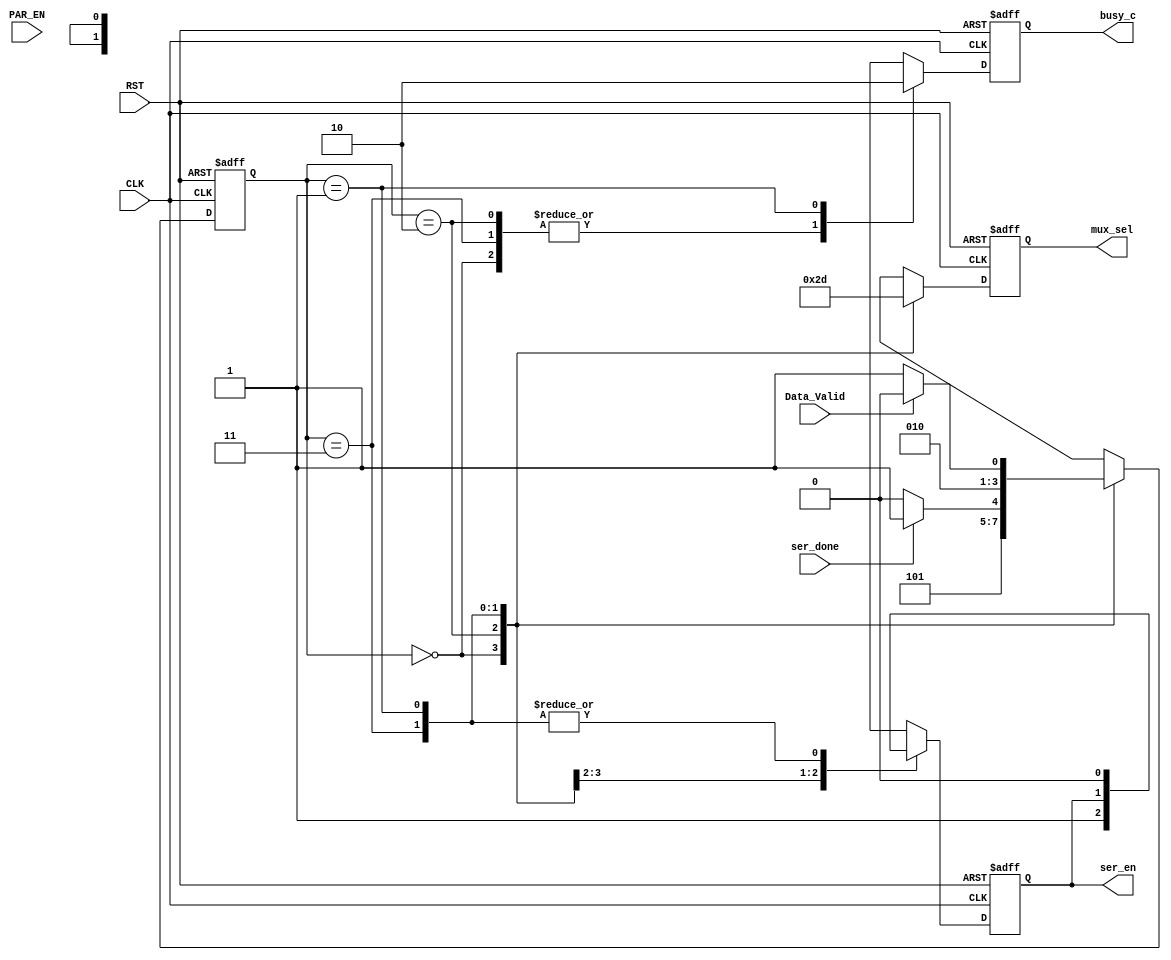
/*
   ******  FSM Block ******
   by:
       Mohamed Hazem Mamdouh
       10-9-2022
       3:54 PM   
*/


//********** inputs and outputs ports decleration *************//

module FSM_TX (
  
input   wire            CLK,
input   wire            RST,
input   wire            PAR_EN,
input   wire            Data_Valid,
input   wire            ser_done,
output  reg             busy_c,
output  reg             ser_en,
output  reg  [1:0]      mux_sel

);


//********** FSM Encoding ************//

localparam      START_BIT    = 2'b00,
                STOP_BIT     = 2'b01,
                SER_DATA     = 2'b10,
                PAR_BITS     = 2'b11;
                
//********** internal signal ************//

reg  [1:0]      Current_State, Next_State,mux_sel_c;
reg             busy_in,ser_en_c;


//********** Active Low Asynchronous Rest and State transition ************//

always @(posedge CLK or negedge RST)
 begin
  if(!RST)
   begin
     Current_State <= STOP_BIT;
     busy_c        <= 1'b0;
     ser_en        <= 1'b0;
     mux_sel       <= STOP_BIT;
   end
  else
   begin
     Current_State <= Next_State;
     busy_c        <= busy_in;
     ser_en        <= ser_en_c;
     mux_sel       <= mux_sel_c;
   end
end

 
 //********** Next State Logic ************//
 
 
always @ (*)
  begin 
                ser_en_c = ser_en;
                busy_in  = busy_c;
                mux_sel_c = mux_sel;
                
               
    case(Current_State)
    START_BIT : begin
                mux_sel_c  = START_BIT;
                ser_en_c   = 1'b1;
                Next_State = SER_DATA;
                busy_in    = 1'b1;
                end
    SER_DATA  : begin
                if( !ser_done)
                begin
                mux_sel_c  = SER_DATA;
                Next_State = SER_DATA;
                busy_in    = 1'b1;
                ser_en_c   = ser_en;
                end
                else if(ser_done)
                begin
                Next_State = PAR_BITS;
                busy_in    = 1'b1;
                mux_sel_c  = SER_DATA;
                ser_en_c   = ser_en;
                end
                else
                begin
                busy_in    = busy_c;
                Next_State = SER_DATA;
                mux_sel_c  = SER_DATA;
                ser_en_c   = 1'b1;
                end
                end
    PAR_BITS  : begin
                if(PAR_EN)
                begin
                mux_sel_c    = PAR_BITS;
                Next_State   = STOP_BIT;
                busy_in      = 1'b1;
                ser_en_c       = 1'b0;
                end
                else if (!PAR_EN)
                begin
                mux_sel_c  = PAR_BITS;
                Next_State = STOP_BIT;
                busy_in     = 1'b1;
                ser_en_c   = 1'b0;
                end
                else
                begin
                busy_in      = busy_c;
                Next_State   = PAR_BITS;
                mux_sel_c    = PAR_BITS;
                ser_en_c     = 1'b0;
                end
                end
    STOP_BIT  : begin 
                if(Data_Valid)
                begin
                busy_in    = 1'b0;  
                Next_State = START_BIT;
                mux_sel_c  = STOP_BIT;
                ser_en_c   = 1'b0;
                end
                else
                begin
                busy_in      = 1'b0;
                ser_en_c     = 1'b0;
                mux_sel_c    = STOP_BIT;
                Next_State   = STOP_BIT;
                end
              end
     default : 
               begin
               busy_in      = 1'b0;
               ser_en_c     = 1'b0;
               mux_sel_c    = STOP_BIT;
               Next_State   = STOP_BIT;
               end         

  endcase
end
   
 endmodule